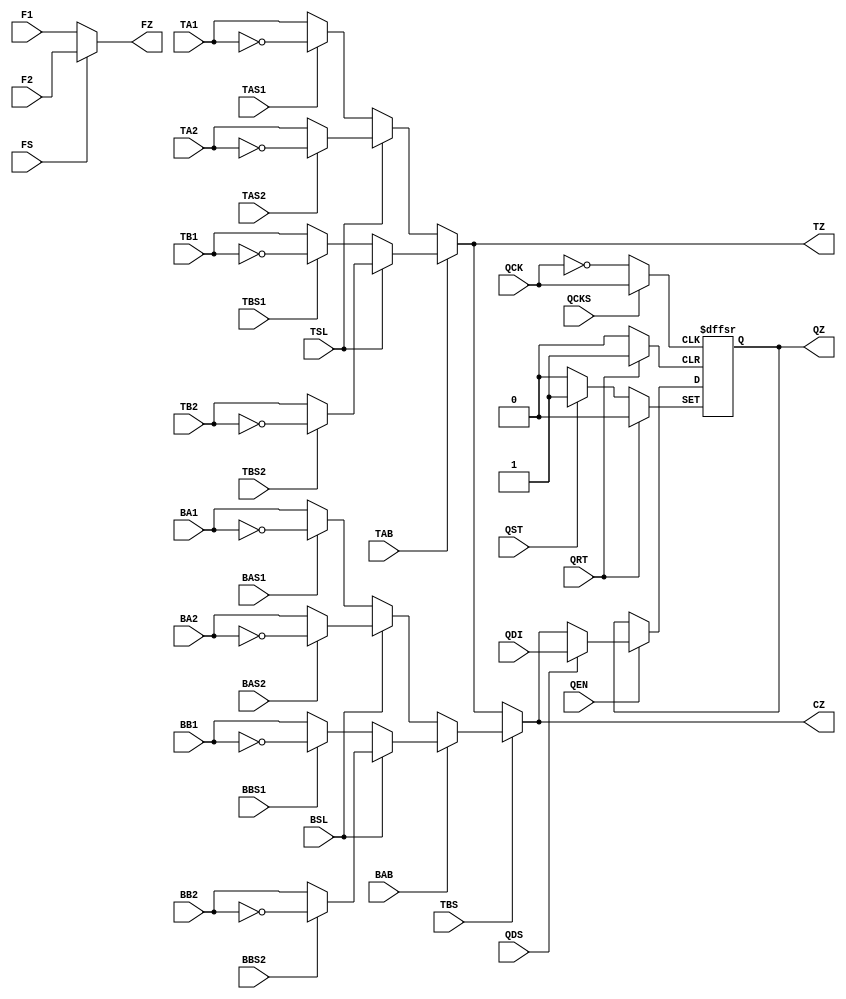
module logic_cell_macro_1 (
    input  BA1,
    input  BA2,
    input  BAB,
    input  BAS1,
    input  BAS2,
    input  BB1,
    input  BB2,
    input  BBS1,
    input  BBS2,
    input  BSL,
    input  F1,
    input  F2,
    input  FS,
    input  QCK,
    input  QCKS,
    input  QDI,
    input  QDS,
    input  QEN,
    input  QRT,
    input  QST,
    input  TA1,
    input  TA2,
    input  TAB,
    input  TAS1,
    input  TAS2,
    input  TB1,
    input  TB2,
    input  TBS,
    input  TBS1,
    input  TBS2,
    input  TSL,
    output CZ,
    output FZ,
    output QZ,
    output TZ
);
  wire TAP1, TAP2, TBP1, TBP2, BAP1, BAP2, BBP1, BBP2, QCKP, TAI, TBI, BAI, BBI, TZI, BZI, CZI, QZI;
  reg QZ_r;
  assign QZ   = QZ_r;
  assign TAP1 = TAS1 ? ~TA1 : TA1;
  assign TAP2 = TAS2 ? ~TA2 : TA2;
  assign TBP1 = TBS1 ? ~TB1 : TB1;
  assign TBP2 = TBS2 ? ~TB2 : TB2;
  assign BAP1 = BAS1 ? ~BA1 : BA1;
  assign BAP2 = BAS2 ? ~BA2 : BA2;
  assign BBP1 = BBS1 ? ~BB1 : BB1;
  assign BBP2 = BBS2 ? ~BB2 : BB2;
  assign TAI  = TSL ? TAP2 : TAP1;
  assign TBI  = TSL ? TBP2 : TBP1;
  assign BAI  = BSL ? BAP2 : BAP1;
  assign BBI  = BSL ? BBP2 : BBP1;
  assign TZI  = TAB ? TBI : TAI;
  assign BZI  = BAB ? BBI : BAI;
  assign CZI  = TBS ? BZI : TZI;
  assign QZI  = QDS ? QDI : CZI;
  assign FZ   = FS ? F2 : F1;
  assign TZ   = TZI;
  assign CZ   = CZI;
  assign QCKP = QCKS ? QCK : ~QCK;
  initial QZ_r <= 1'b0;
  always @(posedge QCKP or posedge QRT or posedge QST) begin
    if (QRT)
        QZ_r <= 1'b0;
    else if (QST)
        QZ_r <= 1'b1;
    else if (QEN)
        QZ_r <= QZI;
  end
endmodule